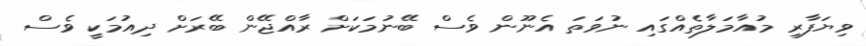
ވިޔަފާރި މުއާމަލާތެއްގައި ނުވަތަ އެނޫން ވެސް ބޭނުމަކަށް ރާއްޖޭން ބޭރަށް ދިއުމަކީ ވެސް